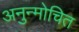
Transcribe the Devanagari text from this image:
अनुन्मोचित